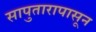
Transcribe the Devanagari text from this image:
सापुतारापासून